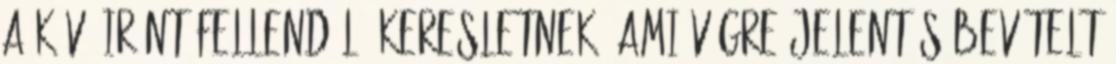
a kávé iránt fellendülő keresletnek, ami végre jelentős bevételt